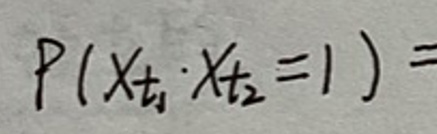
$P ( X _ { t _ { 1 } } \cdot X _ { t _ { 2 } } = 1 ) =$